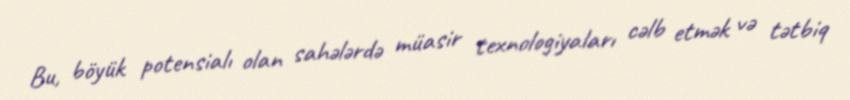
Bu, böyük potensialı olan sahələrdə müasir texnologiyaları cəlb etmək və tətbiq